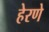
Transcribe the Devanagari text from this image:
हेरणे